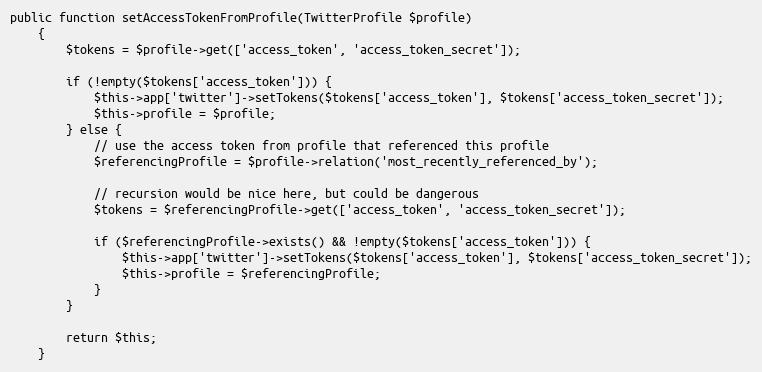
Language: PHP
public function setAccessTokenFromProfile(TwitterProfile $profile)
    {
        $tokens = $profile->get(['access_token', 'access_token_secret']);

        if (!empty($tokens['access_token'])) {
            $this->app['twitter']->setTokens($tokens['access_token'], $tokens['access_token_secret']);
            $this->profile = $profile;
        } else {
            // use the access token from profile that referenced this profile
            $referencingProfile = $profile->relation('most_recently_referenced_by');

            // recursion would be nice here, but could be dangerous
            $tokens = $referencingProfile->get(['access_token', 'access_token_secret']);

            if ($referencingProfile->exists() && !empty($tokens['access_token'])) {
                $this->app['twitter']->setTokens($tokens['access_token'], $tokens['access_token_secret']);
                $this->profile = $referencingProfile;
            }
        }

        return $this;
    }